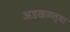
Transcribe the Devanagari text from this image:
अडखळल्या